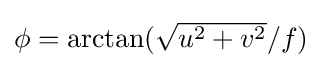
{\textstyle \phi =\arctan({\sqrt {u^{2}+v^{2}}}/f)}